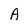
Character: A